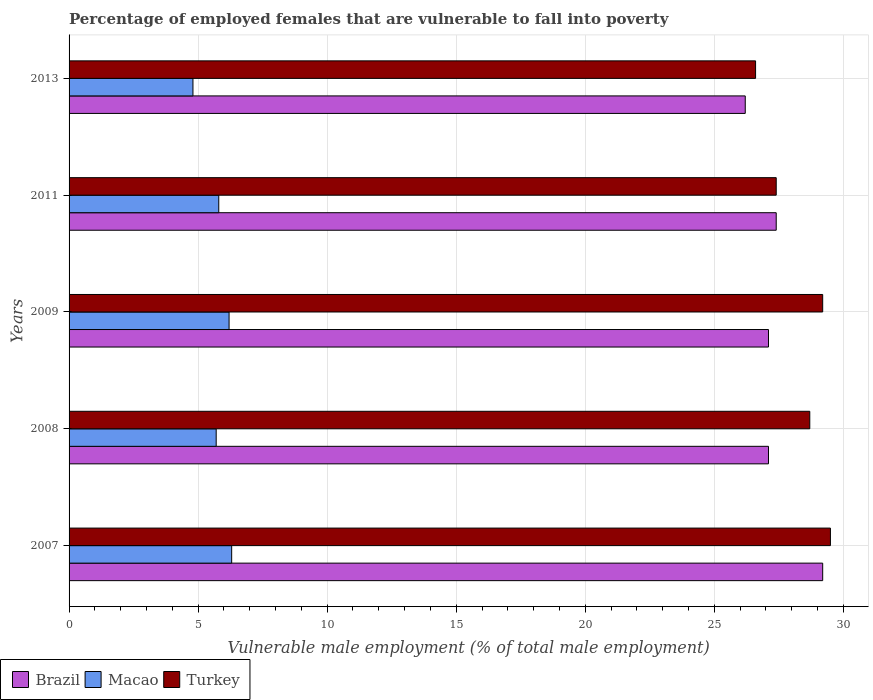
| Years | Brazil | Macao | Turkey |
 | --- | --- | --- | --- |
 | 2007 | 29.2 | 6.3 | 29.5 |
 | 2008 | 27.1 | 5.7 | 28.7 |
 | 2009 | 27.1 | 6.2 | 29.2 |
 | 2011 | 27.4 | 5.8 | 27.4 |
 | 2013 | 26.2 | 4.8 | 26.6 |